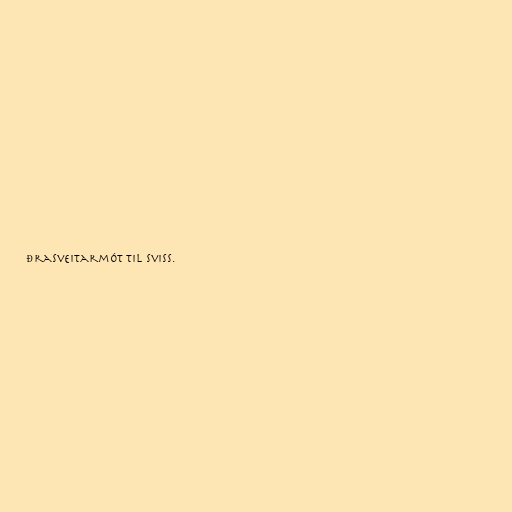
ðrasveitarmót til Sviss.